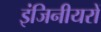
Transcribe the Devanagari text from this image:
इंजिनीयरों